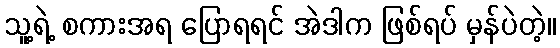
သူ့ရဲ့ စကားအရ ပြောရရင် အဲဒါက ဖြစ်ရပ် မှန်ပဲတဲ့။